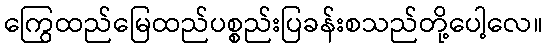
ကြွေထည်မြေထည်ပစ္စည်းပြခန်းစသည်တို့ပေါ့လေ။